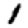
Digit: 1